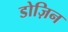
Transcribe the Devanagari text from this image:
डोज़िन